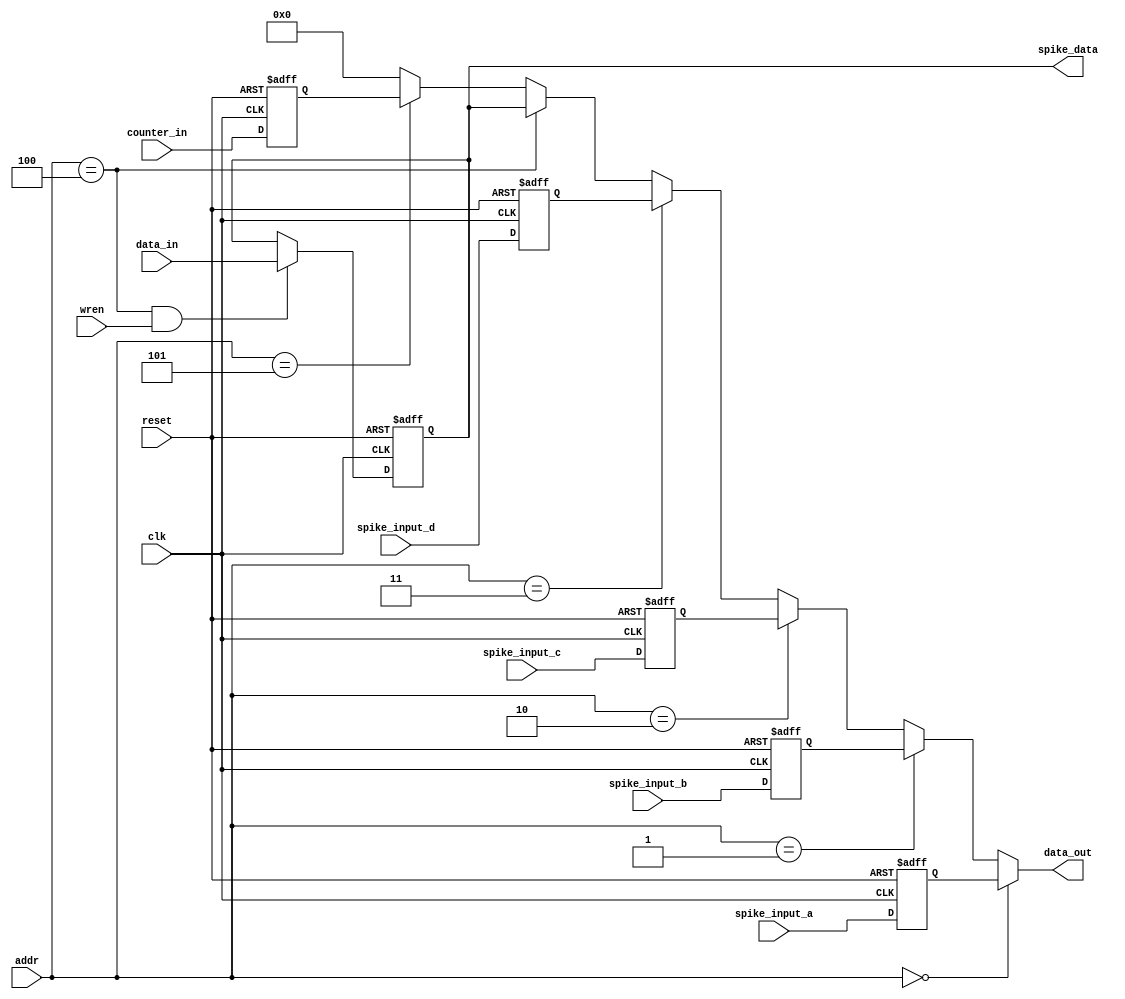
module IODevice(
	input		clk,
	input		reset,
	
	// Memory Controller Side
	
	input		[31:0]	data_in,
	input		[31:0]	addr,
	input					wren,
	output	[31:0]	data_out,
	
	// IO side
	input		[31:0]	spike_input_a, // address 0
	input		[31:0]	spike_input_b, // address 1
	input		[31:0]	spike_input_c, // address 2
	input		[31:0]	spike_input_d, // address 3
	output	[31:0] 	spike_data, 	// address 4
	input		[31:0]	counter_in 		// address 5
	
	// Method of writing instructions to instruction memory
	
	// LEDs
	// Buttons
	// Serial
	// Ethernet
	// HDMI
	// External Memory
	// Switches
	// IO PINs
	// SD Card
	// Spike_In
	// Spike_Out
);

reg	[31:0]	spike_in_a_reg;
reg	[31:0]	spike_in_b_reg;
reg	[31:0]	spike_in_c_reg;
reg	[31:0]	spike_in_d_reg;
reg	[31:0]	spike_out_reg;
reg	[31:0]	counter_in_reg;

wire	addrRegA =		(addr == 0);
wire	addrRegB =		(addr == 1);
wire	addrRegC =		(addr == 2);
wire	addrRegD =		(addr == 3);
wire	addrRegOut =	(addr == 4);
wire	addrCounter = 	(addr == 5);

assign data_out = 	addrRegA		?	spike_in_a_reg	:
						  (addrRegB		?	spike_in_b_reg	:
						  (addrRegC		?	spike_in_c_reg	:
						  (addrRegD		?	spike_in_d_reg	:
						  (addrRegOut	?	spike_out_reg	:
						  (addrCounter ?	counter_in_reg	:
												32'b0
												)))));

assign	spike_data = spike_out_reg;



always @(posedge clk or posedge reset) begin

	spike_in_a_reg <= spike_input_a;
	spike_in_b_reg <= spike_input_b;
	spike_in_c_reg <= spike_input_c;
	spike_in_d_reg <= spike_input_d;
	counter_in_reg <= counter_in;
	
	if (reset) begin
		spike_in_a_reg <= 0;
		spike_in_b_reg <= 0;
		spike_in_c_reg <= 0;
		spike_in_d_reg <= 0;
		spike_out_reg <= 0;
		counter_in_reg <= 0;
		end
	else if (addrRegOut && wren) begin
		spike_out_reg <= data_in;
		end
	end
		
		

	
endmodule